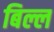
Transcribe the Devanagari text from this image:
बिल्ल